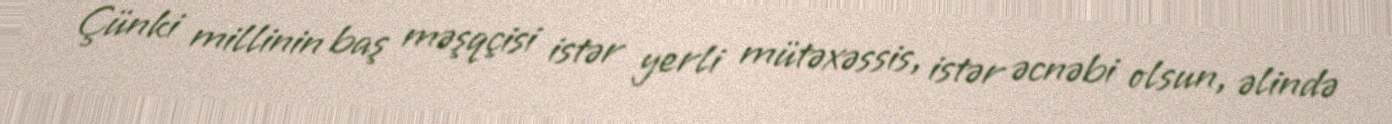
Çünki millinin baş məşqçisi istər yerli mütəxəssis, istər əcnəbi olsun, əlində